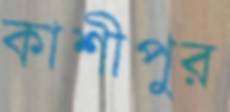
কাশীপুর